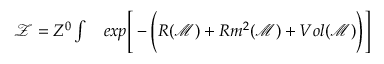
\begin{array} { r l } { \mathcal { Z } = Z ^ { 0 } \int } & { { } e x p \Bigg [ - \Bigg ( R ( \mathcal { M } ) + R m ^ { 2 } ( \mathcal { M } ) + V o l ( \mathcal { M } ) \Bigg ) \Bigg ] } \end{array}